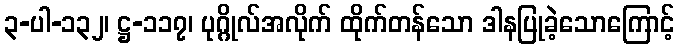
၃-ပါ-၁၃၂၊ ဋ္ဌ-၁၁၇၊ ပုဂ္ဂိုလ်အလိုက် ထိုက်တန်သော ဒါနပြုခဲ့သောကြောင့်